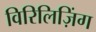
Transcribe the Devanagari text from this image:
विरिलिज़िंग